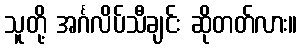
သူတို့ အင်္ဂလိပ်သီချင်း ဆိုတတ်လား။